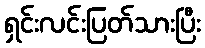
ရှင်းလင်းပြတ်သားပြီး